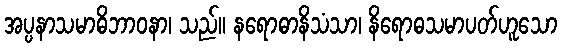
အပ္ပနာသမာဓိဘာဝနာ၊ သည်။ နရောဓာနိသံသာ၊ နိရောဓသမာပတ်ဟူသော